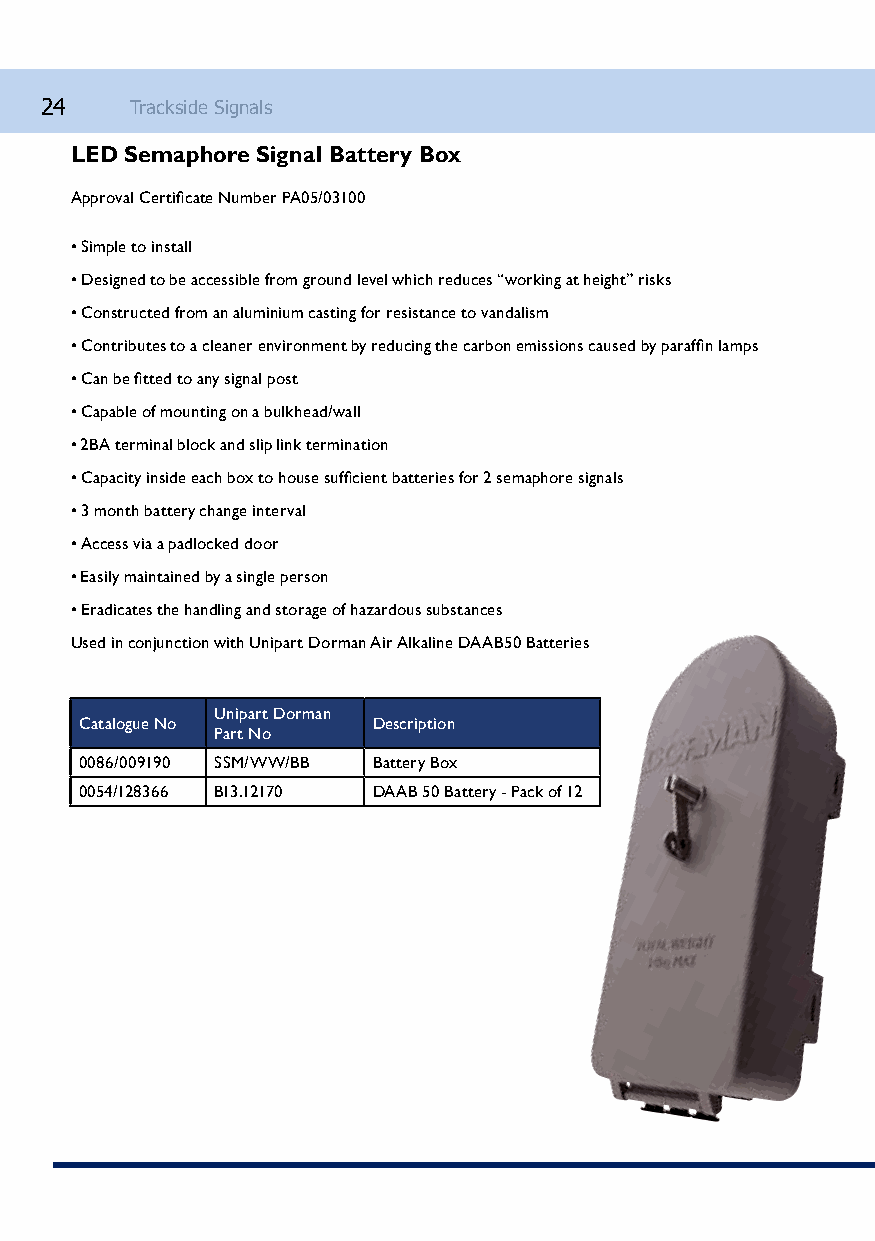
24    Trackside Signals
 LED Semaphore Signal Battery Box
 Approval Certificate Number PA05/03100
 • Simple to install
 • Designed to be accessible from ground level which reduces “working at height” risks
 • Constructed from an aluminium casting for resistance to vandalism
 • Contributes to a cleaner environment by reducing the carbon emissions caused by paraffin lamps
 • Can be fitted to any signal post
 • Capable of mounting on a bulkhead/wall
 • 2BA terminal block and slip link termination
 • Capacity inside each box to house sufficient batteries for 2 semaphore signals
 • 3 month battery change interval
 • Access via a padlocked door
 • Easily maintained by a single person
 • Eradicates the handling and storage of hazardous substances
 Used in conjunction with Unipart Dorman Air Alkaline DAAB50 Batteries
 Unipart Dorman
 Catalogue No        Description
 Part No
 0086/009190 SSM/WW/BB Battery Box
 0054/128366 B13.12170 DAAB 50 Battery - Pack of 12